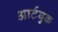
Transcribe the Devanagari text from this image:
आर्टबुक